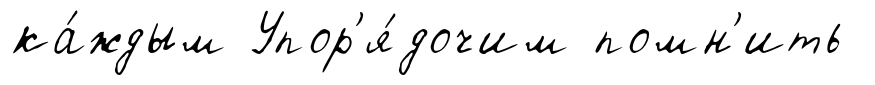
ка́ждым Упор'я́дочим помн'ить